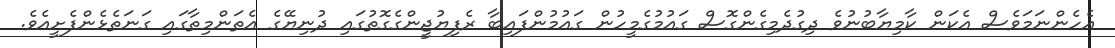
އެހެންނަމަވެސް އެކަން ކާމިޔާބުނުވެ ދިގުދެމިގެންގޮސް ގައުމުގެމީހުން ގައުމުންފައިބާ ރެފިޔުޖީންގެގޮތުގައި ދުނިޔޭގެ އެތަންމިތާގައި ގަނަތެޅެންފެށީއެވެ.